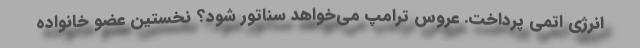
انرژی اتمی پرداخت. عروس ترامپ می‌خواهد سناتور شود؟ نخستین عضو خانواده